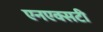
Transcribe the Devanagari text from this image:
एनएक्सटी